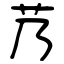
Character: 艿